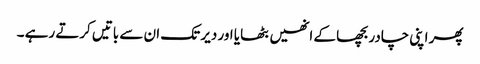
پھر اپنی چادر بچھا کے انھیں بٹھایا اور دیر تک ان سے باتیں کرتے رہے ۔